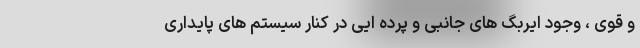
و قوی ، وجود ایربگ های جانبی و پرده ایی در کنار سیستم های پایداری